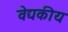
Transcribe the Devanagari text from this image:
वेद्यकीय